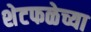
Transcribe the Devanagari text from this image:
शेटफळेच्या